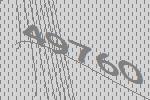
49760